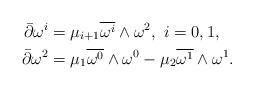
LaTeX: \begin{align*} \bar{\partial}\omega^{i}&=\mu_{i+1}\overline{\omega^{i}}\wedge\omega^2,\ i=0,1,\\ \bar{\partial}\omega^2&=\mu_1\overline{\omega^0}\wedge\omega^0-\mu_2\overline{\omega^1}\wedge\omega^1.\end{align*}